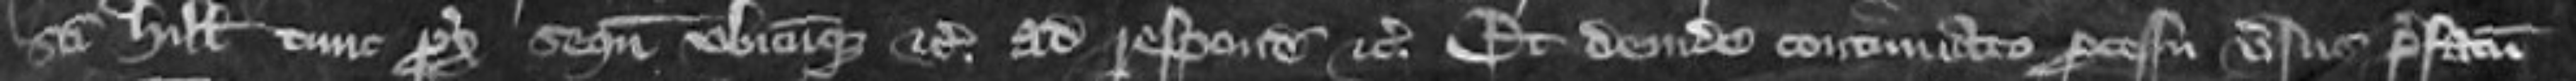
Sancti Hilarii tunc proximo sequentibus ubicumque etc ad respondendum etc et deinde continuato processu versus prefatum